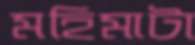
মহিমাটা